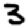
Digit: 3